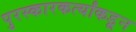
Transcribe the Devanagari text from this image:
पुरस्कारकर्त्यांकडून